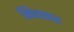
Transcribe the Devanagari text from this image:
सिरसाट